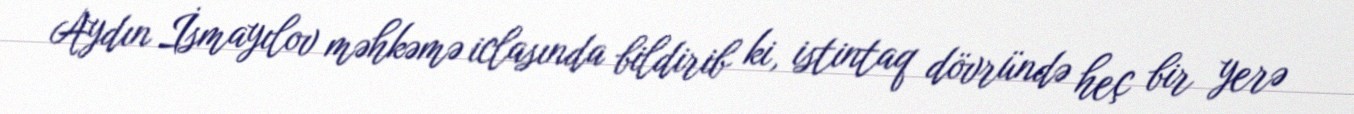
Aydın İsmayılov məhkəmə iclasında bildirib ki, istintaq dövründə heç bir yerə